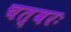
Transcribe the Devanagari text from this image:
चत्वरः